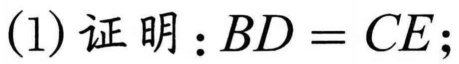
(1) 证明：\(BD = CE\);